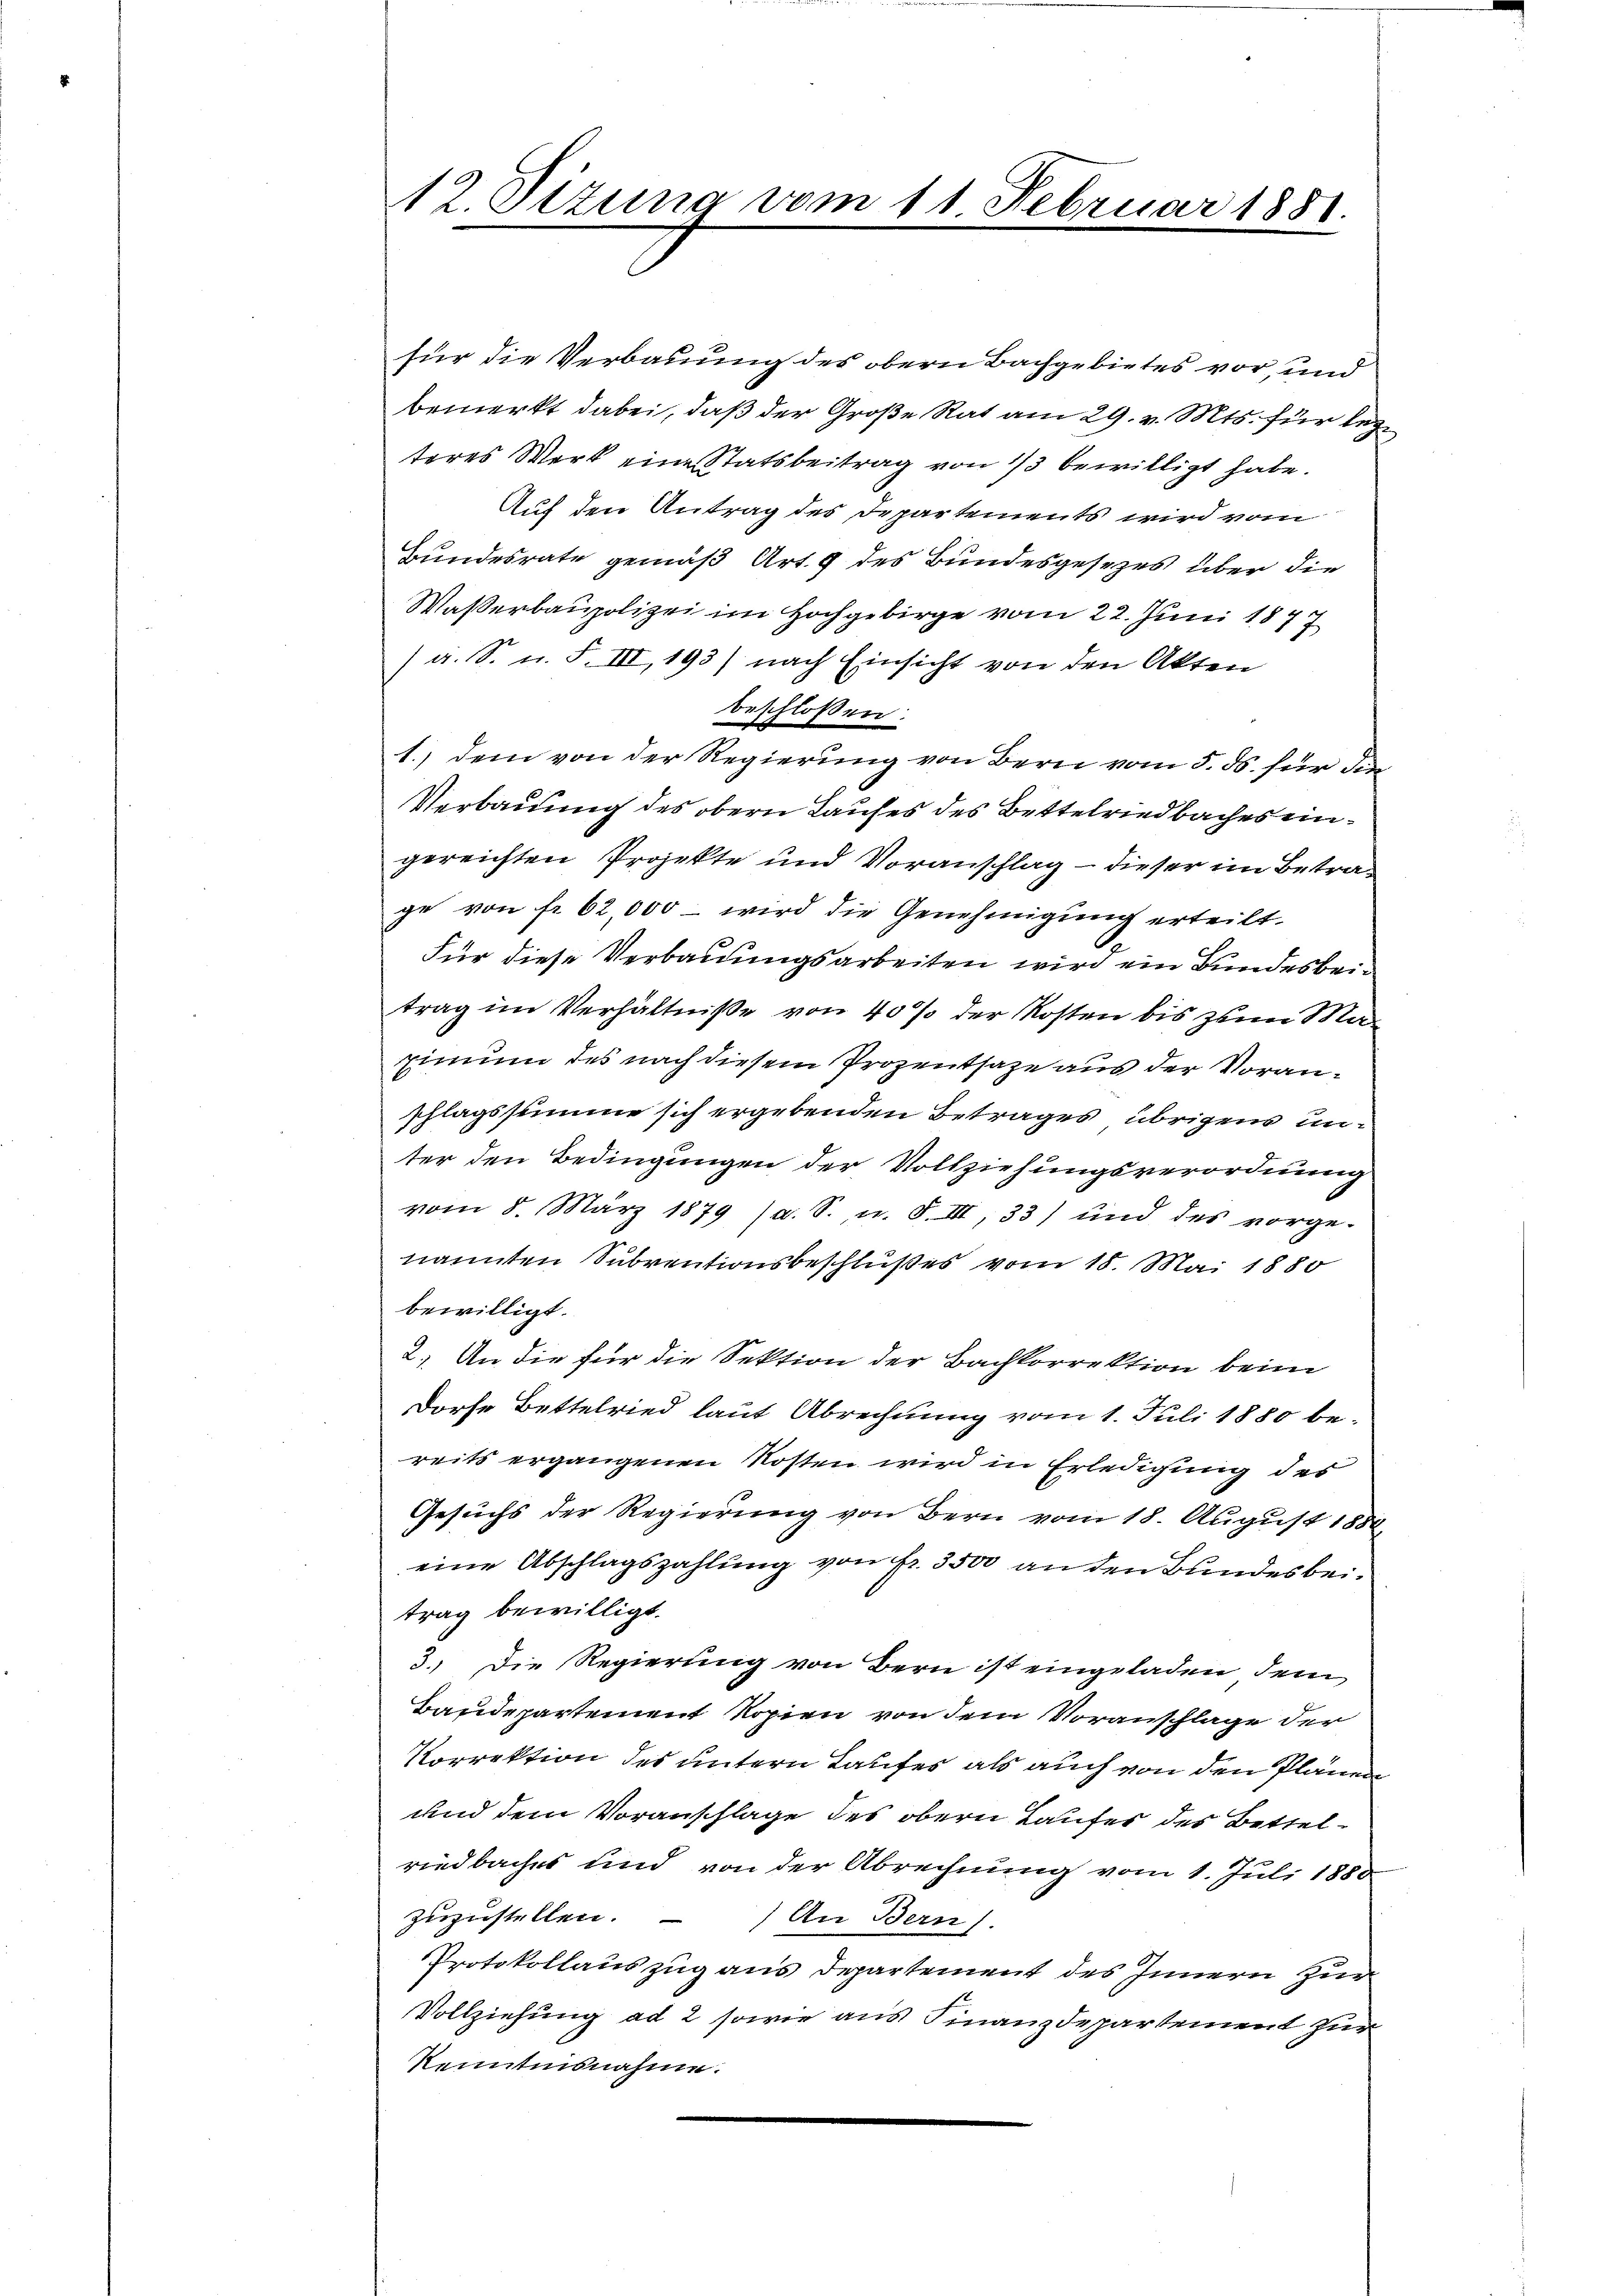
12. Sizung vom 11. Februar 1881.

für die Verbauung des obern Bachgebietes vor, und
bemerkt dabei, daß der Große Rat am 29. v. Mts. für lezteres Werk eine Statsbeitrag von 1/3 bewilligt habe.
Auf den Antrag des Departements wird vom
Bundesrate gemäß Art. 9 des Bundesgesezes über die
Wasserbaupolizei im Hochgebirge vom 22. Juni 1877
(a. S. u. F. III, 193) nach Einsicht von den Akten
beschlossen:
|
1.) dem von der Regierung von Bern vom 5. ds. für die
Verbauung des obern Laufes des Bettelriedbaches eingereichten Projekte und Voranschlag - dieser im Betrage von fr. 62,000 - wird die Genehmigung erteilt.
Für diese Verbauungsarbeiten wird ein Bundesbeitrag im Verhältniße von 40% der Kosten bis zum Ma¬
Zimum des nach diesem Prozentsage aus der Voranschlagssumme sich ergebenden Betrages übrigens unter den Bedingungen der Vollziehungsverordnung
vom 8. März 1879 (a. S. u. F. III, 33) und des vorge-
nannten Subventionsbeschlußes vom 18. Mai 1880
bewilligt.
2.) An die für die Sektion der Bachkorrektion beim
Dorfe Bettelried laut Abrechnung vom 1. Juli 1880 be-
reits ergangenen Kosten wird in Erledigung des
Gesuchs der Regierung von Bern vom 18. August 1850.
eine Abschlagszahlung von Fr. 3500 an den Bundesbeitrag bewilligt.
3.) Die Regierung von Bern ist eingeladen, dem
Baudepartement Kopien von dem Voranschlage der
Korrektion des untern Laufes als auch von den Plänen
und dem Voranschlage des obern Laufes des Bettelriedbaches und von der Abrechnung vom 1. Juli 1888
zuzustellen.
An Bern).
Protokollauszug aus Departement des Innern zur
Vollziehung ad 2 sowie aus Finanzdepartement zur
Kenntnisnahme.